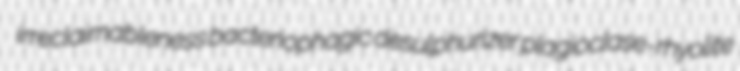
irreclaimableness bacteriophagic desulphurizer plagioclase-rhyolite